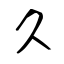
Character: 久